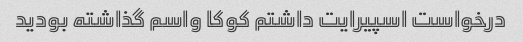
درخواست اسپیرایت داشتم کوکا واسم گذاشته بودید